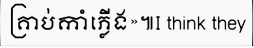
គ្រាប់កាំភ្លើង»៕I think they